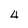
Character: 4